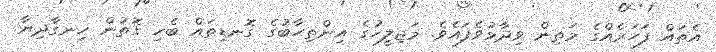
އެތައް ފަހަރެއްގެ މަތިން ވިދާޅުވެފައެވެ. މަޖިލީހުގެ އިންތިހާބުގެ ގޮނޑިތައް ބެހި ގޮތުން ހިނގާދިޔާ